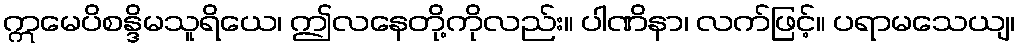
ဣမေပိစန္ဒိမသူရိယေ၊ ဤလနေတို့ကိုလည်း။ ပါဏိနာ၊ လက်ဖြင့်။ ပရာမသေယျ၊